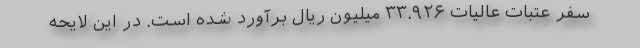
سفر عتبات عالیات ۳۳.۹۲۶ میلیون ریال برآورد شده است. در این لایحه